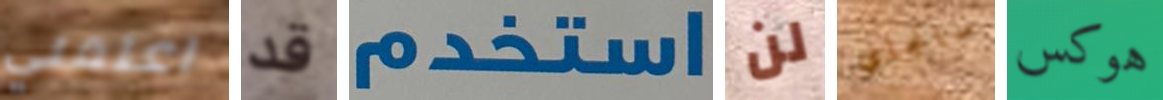
اعلمني قد استخدم لن سانجاي هوكس